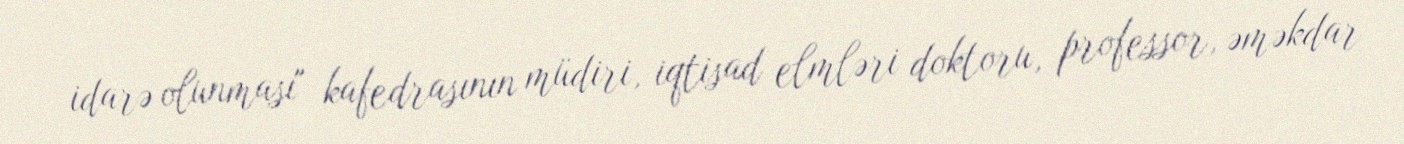
idarə olunması" kafedrasının müdiri, iqtisad elmləri doktoru, professor, əməkdar